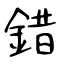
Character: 錯